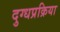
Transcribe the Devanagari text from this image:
दुग्धप्रक्रिया